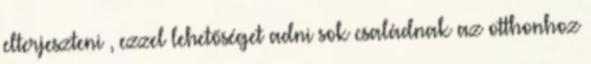
elterjeszteni , ezzel lehetőséget adni sok családnak az otthonhoz